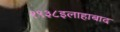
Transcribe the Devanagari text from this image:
१९३८इलाहाबाद